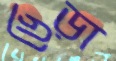
ভেড়া